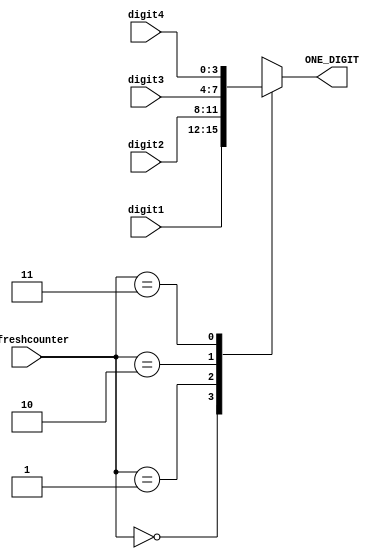
`timescale 1ns / 1ps
//////////////////////////////////////////////////////////////////////////////////
// Company: 
// Engineer: 
// 
// Design Name: 
// Module Name:    BCD_control 
// Project Name: 
// Target Devices: 
// Tool versions: 
// Description: 
//
// Dependencies: 
//
// Revision: 
// Revision 0.01 - File Created
// Additional Comments: 
//
//////////////////////////////////////////////////////////////////////////////////
module BCD_control(
input [3:0] digit1, // ones
input [3:0] digit2, // tens
input [3:0] digit3, // hundreds
input [3:0] digit4, // thousands
input [1:0] refreshcounter,
output reg [3:0] ONE_DIGIT=0 // chose which input digit is to be displayed
    );
	 
always@ (*) // if any input changes.  really we only care about refreshcounter but ise complains about
				// digit1, digit2, digit3, and digit4 being missing from the sensitivity list and will add
				// them on its own if nt specified
begin
	case (refreshcounter)
		2'd0:
			ONE_DIGIT = digit1;  // digit 1 value (right most)
		2'd1:
			ONE_DIGIT = digit2;  // digit 2 value
		2'd2:
			ONE_DIGIT = digit3;  // digit 3 value
		2'd3:
			ONE_DIGIT = digit4;  // digit 4 value (left most)
	endcase
end
endmodule